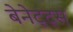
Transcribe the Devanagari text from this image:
बेनेट्ट्स